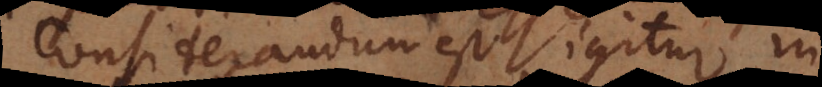
Considerandum est igitur in